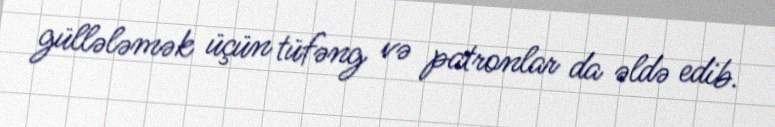
güllələmək üçün tüfəng və patronlar da əldə edib.